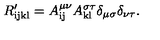
R _ { \mathrm { i j k l } } ^ { \prime } = A _ { \mathrm { i j } } ^ { \mu \nu } A _ { \mathrm { k l } } ^ { \sigma \tau } \delta _ { \mu \sigma } \delta _ { \nu \tau } .